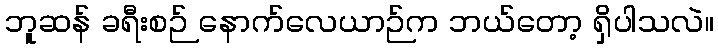
ဘူဆန် ခရီးစဉ် နောက်လေယာဉ်က ဘယ်တော့ ရှိပါသလဲ။